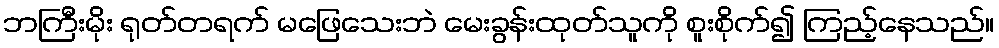
ဘကြီးမိုး ရုတ်တရက် မဖြေသေးဘဲ မေးခွန်းထုတ်သူကို စူးစိုက်၍ ကြည့်နေသည်။